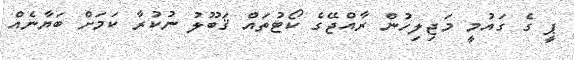
ޕީ ގެ ގައުމީ މަޖިލިހުން ރާއްޖޭގެ ކޯޓުތައް ޤަބޫލު ނުކުރާ ކަމަށް ބަޔާނެއް